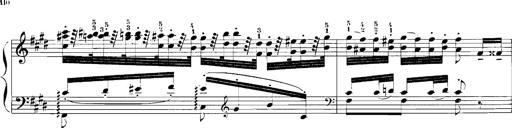
Title: Rhapsodies hongroises
Composer: Franz Liszt